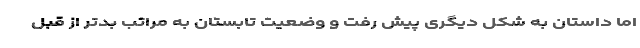
اما داستان به شکل دیگری پیش رفت و وضعیت تابستان به مراتب بدتر از قبل